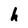
Character: h